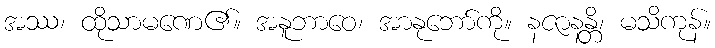
အဿ၊ ထိုသာမဏေ၏။ အနူဘာဝေ၊ အာနုဘော်ကို။ နဇာနန္တိ၊ မသိကုန်။